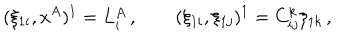
( \xi _ { 1 i } , x ^ { A } ) ^ { 1 } = L _ { i } ^ { A } \, , \qquad ( \xi _ { 1 i } , \xi _ { 1 j } ) ^ { 1 } = C _ { i j } ^ { k } \xi _ { 1 k } \, ,